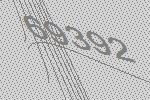
69392